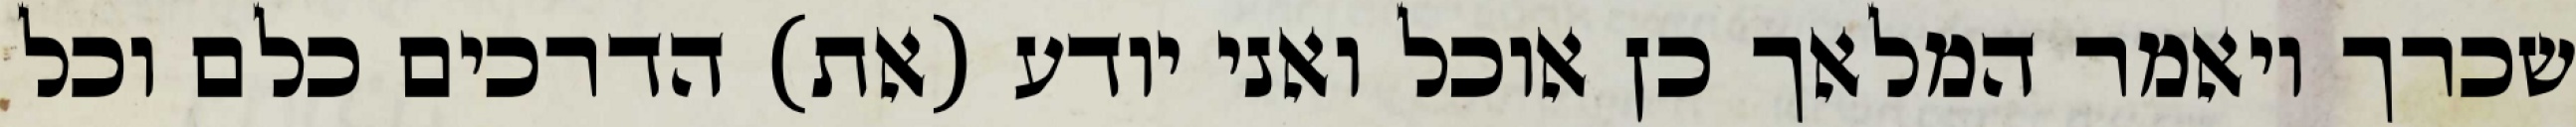
שכרך ויאמר המלאך כן אוכל ואני יודע (את) הדרכים כלם וכל